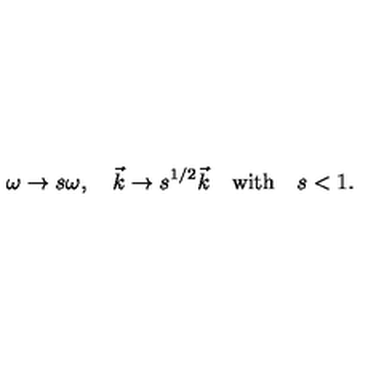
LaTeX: \omega \to s \omega , \quad \vec { k } \to s ^ { 1 / 2 } \vec { k } \quad \mathrm { w i t h } \quad s < 1 .